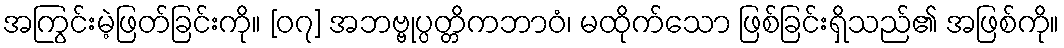
အကြွင်းမဲ့ဖြတ်ခြင်းကို။ [၀၇] အဘဗ္ဗုပ္ပတ္တိကဘာဝံ၊ မထိုက်သော ဖြစ်ခြင်းရှိသည်၏ အဖြစ်ကို။